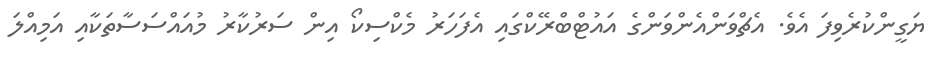
ޔަގީންކުރެވިފަ އެވެ. އެޗްވަންއެންވަންގެ އައުޓްބްރޭކްގައި އެފަހަރު މެކްސިކޯ އިން ސަރުކާރު މުއައްސަސާތަކާއި އަމިއްލަ